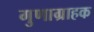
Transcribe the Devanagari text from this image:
गुणाग्राहक